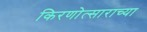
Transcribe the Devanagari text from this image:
किरणोत्साराच्या